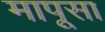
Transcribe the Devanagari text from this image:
मापूसा